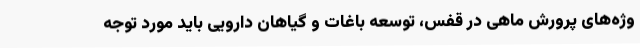
وژه‌های پرورش ماهی در قفس، توسعه باغات و گیاهان دارویی باید مورد توجه